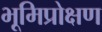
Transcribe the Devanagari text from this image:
भूमिप्रोक्षण